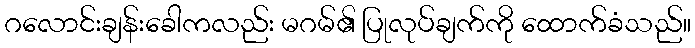
ဂလောင်းချန်းခေါကလည်း မဂမ်၏ ပြုလုပ်ချက်ကို ထောက်ခံသည်။